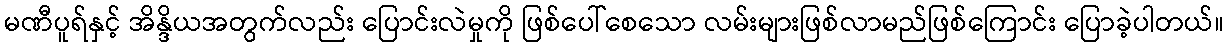
မဏီပူရ်နှင့် အိန္ဒိယအတွက်လည်း ပြောင်းလဲမှုကို ဖြစ်ပေါ်စေသော လမ်းများဖြစ်လာမည်ဖြစ်ကြောင်း ပြောခဲ့ပါတယ်။